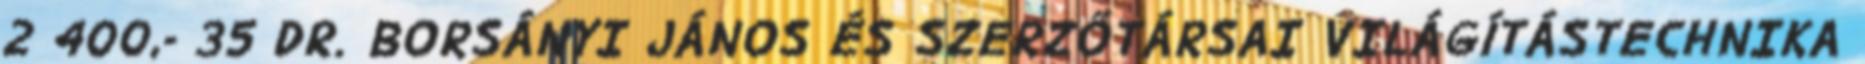
2 400,- 35 DR. BORSÁNYI JÁNOS ÉS SZERZŐTÁRSAI VILÁGÍTÁSTECHNIKA